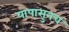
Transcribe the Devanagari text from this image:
यापासुनच